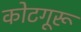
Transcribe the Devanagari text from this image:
कोटगूरू